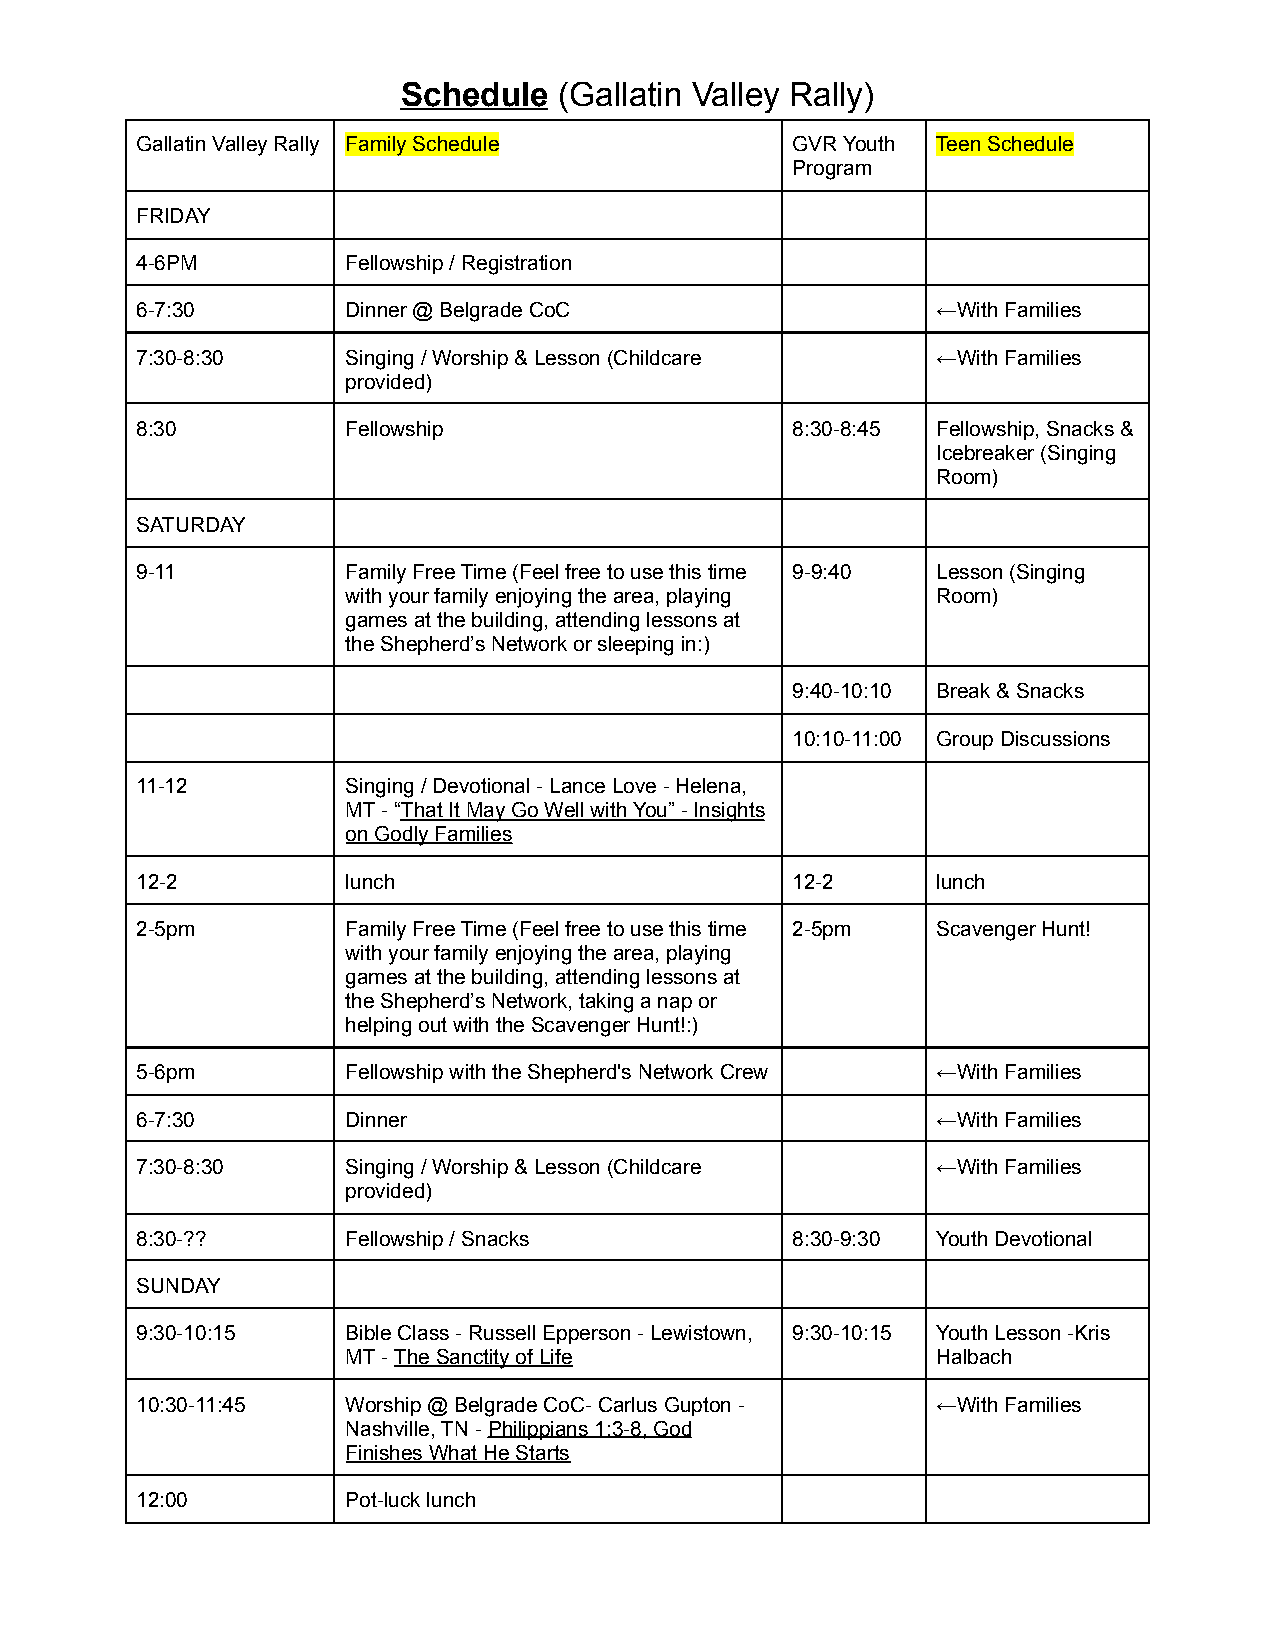
Schedule  (Gallatin Valley Rally)
 Gallatin Valley Rally Family Schedule      GVR Youth Teen Schedule
 Program
 FRIDAY
 4-6PM         Fellowship / Registration
 6-7:30        Dinner @ Belgrade CoC                  ←With Families
 7:30-8:30     Singing / Worship & Lesson (Childcare  ←With Families
 provided)
 8:30          Fellowship                   8:30-8:45 Fellowship, Snacks &
 Icebreaker (Singing
 Room)
 SATURDAY
 9-11          Family Free Time (Feel free to use this time 9-9:40 Lesson (Singing
 with your family enjoying the area, playing Room)
 games at the building, attending lessons at
 the Shepherd’s Network or sleeping in:)
 9:40-10:10 Break & Snacks
 10:10-11:00 Group Discussions
 11-12         Singing / Devotional - Lance Love - Helena,
 MT - “That It May Go Well with You” - Insights
 on Godly Families
 12-2          lunch                        12-2      lunch
 2-5pm         Family Free Time (Feel free to use this time 2-5pm Scavenger Hunt!
 with your family enjoying the area, playing
 games at the building, attending lessons at
 the Shepherd’s Network, taking a nap or
 helping out with the Scavenger Hunt!:)
 5-6pm         Fellowship with the Shepherd's Network Crew ←With Families
 6-7:30        Dinner                                 ←With Families
 7:30-8:30     Singing / Worship & Lesson (Childcare  ←With Families
 provided)
 8:30-??       Fellowship / Snacks          8:30-9:30 Youth Devotional
 SUNDAY
 9:30-10:15    Bible Class - Russell Epperson - Lewistown, 9:30-10:15 Youth Lesson -Kris
 MT -The Sanctity of Life               Halbach
 10:30-11:45   Worship @ Belgrade CoC- Carlus Gupton - ←With Families
 Nashville, TN -Philippians 1:3-8, God
 Finishes What He Starts
 12:00         Pot-luck lunch